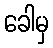
ခေါမှ